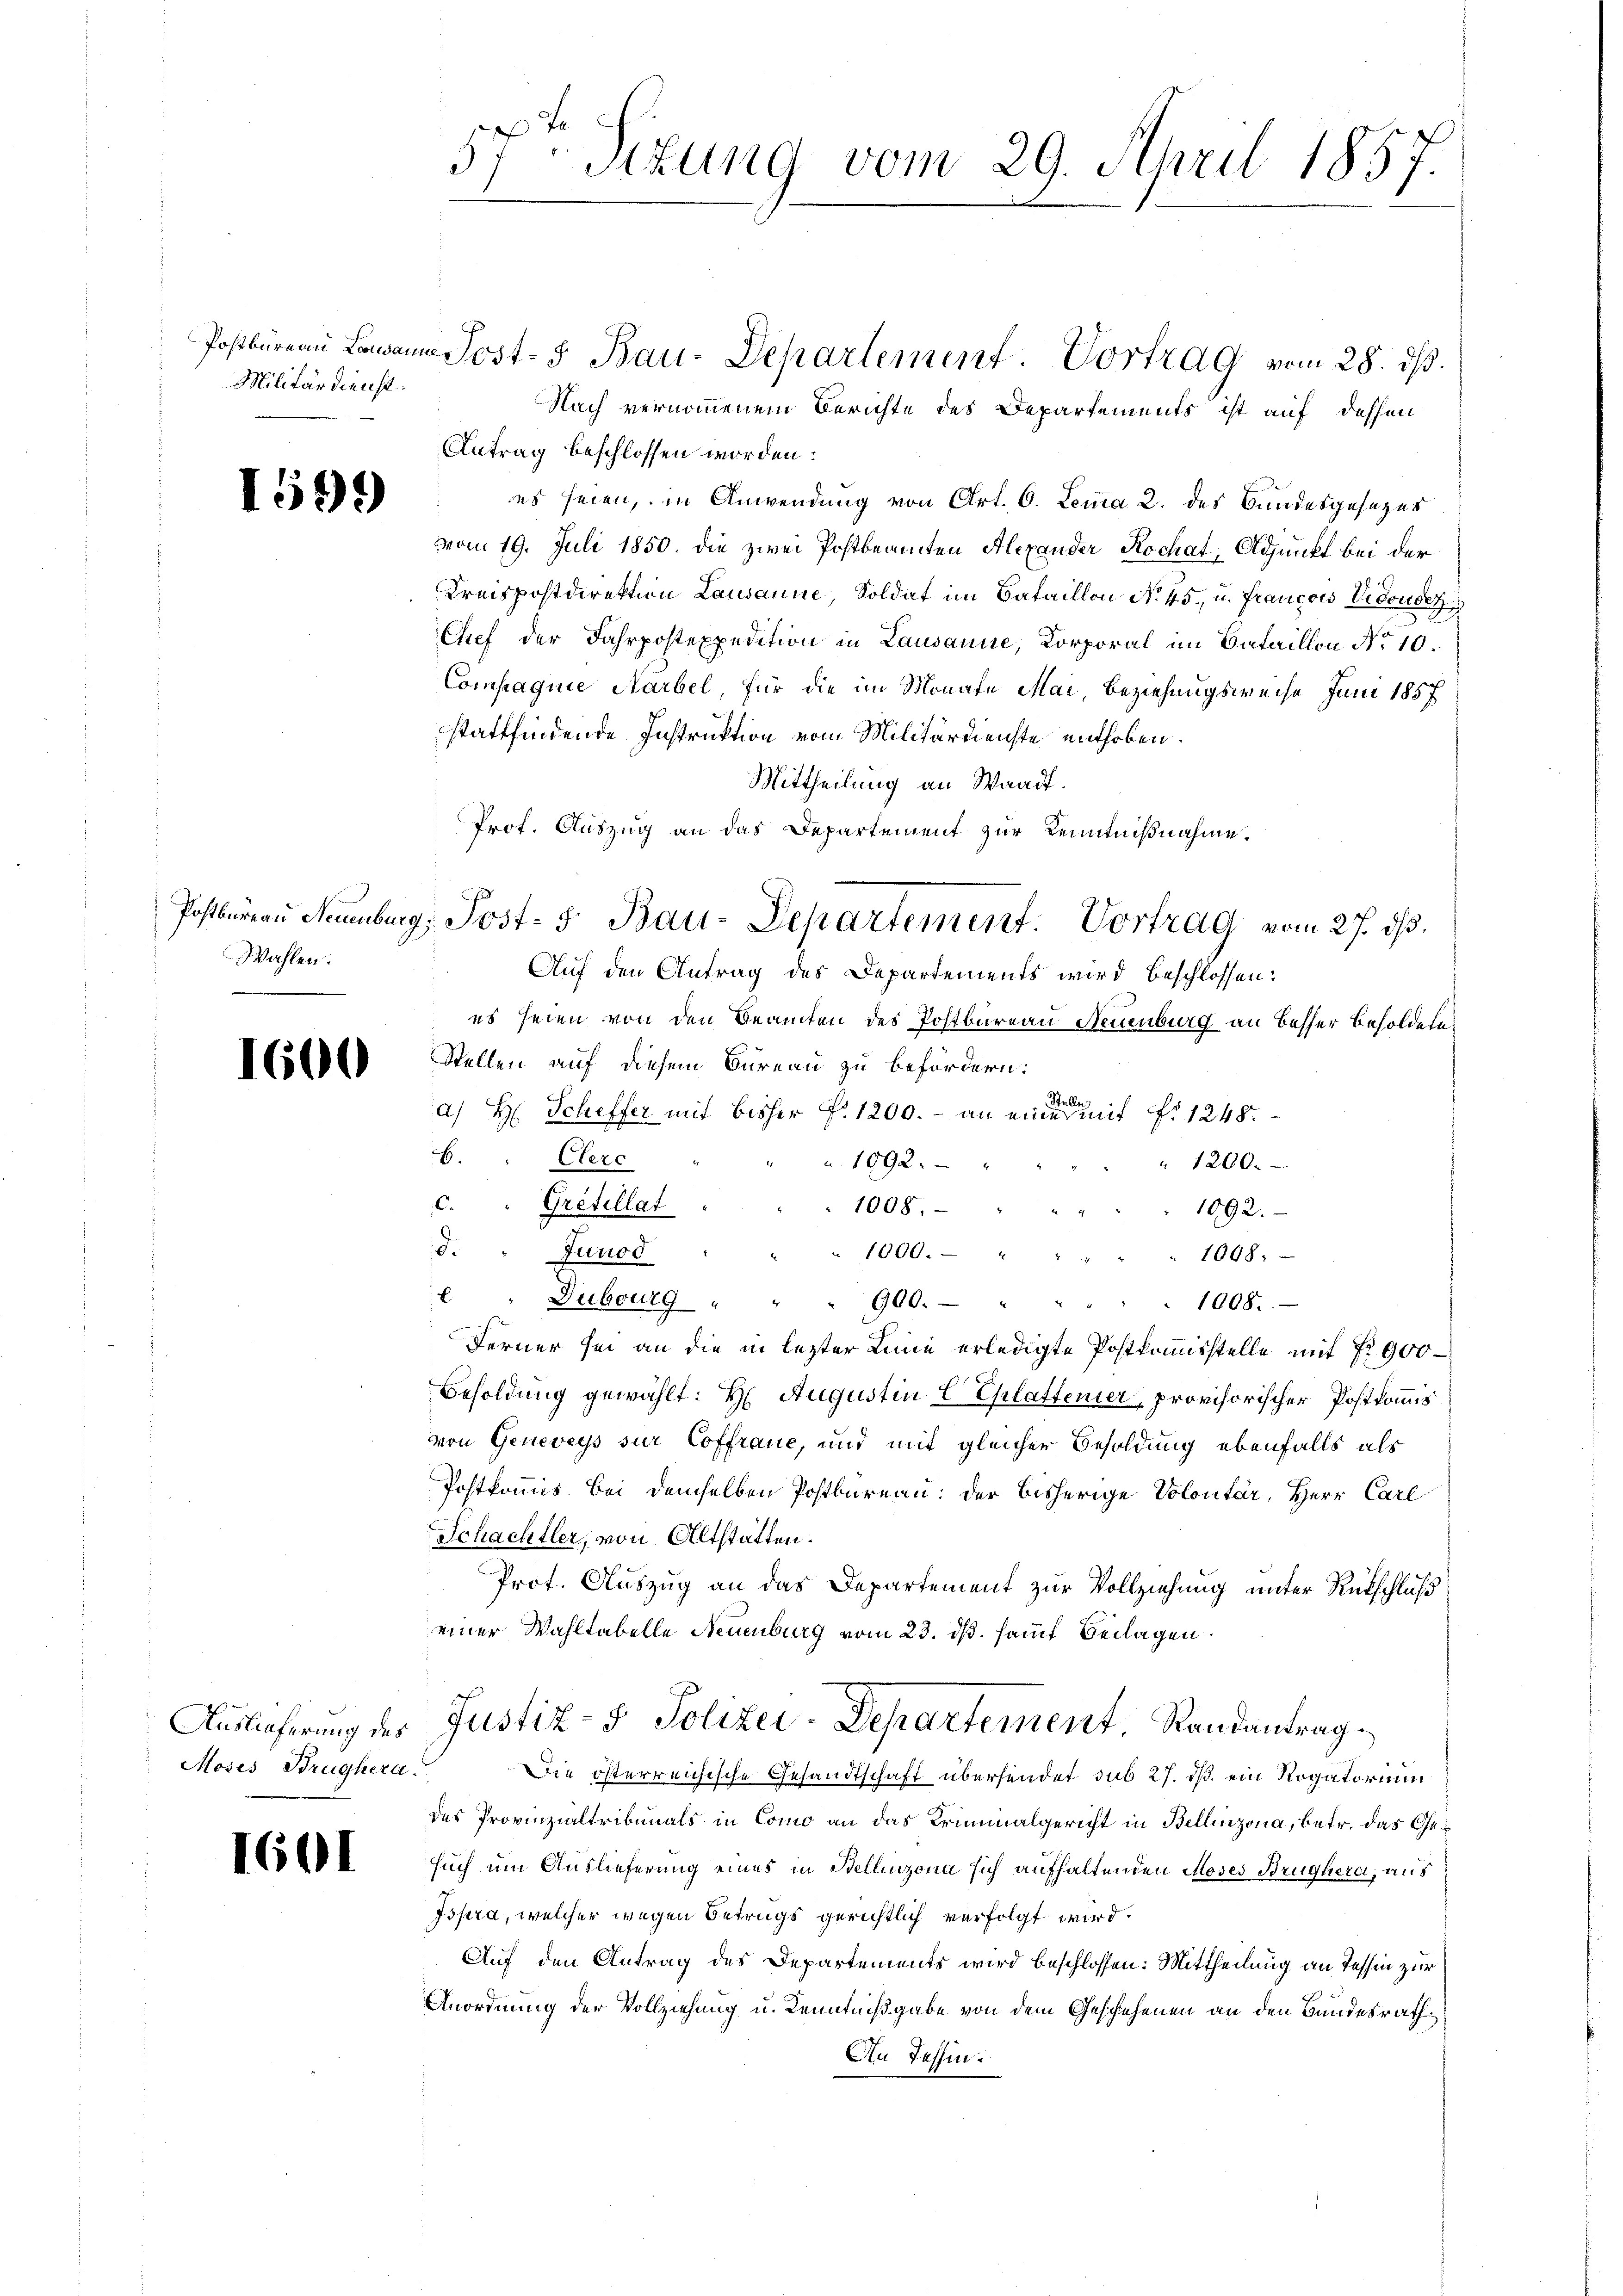
Militärdienst.

1599

Wahlen.

1600

Auslieferung des
Moses Brughera

1601

57 - Situng vom 29. April 1857.

Nach vernommenem Berichte des Departements ist auf dessen
Antrag beschlossen worden.
es seien, in Anwendung von Art. 6. Lemma 2. des Bundesgesezes
vom 19. Juli 1850. die zwei Postbeamten Alexander Rochat, Adjunkt bei der
Kreispostdirektion Lausanne, Soldat im Bataillon No 45, u. Francois Vidoudez
Cief der Fahrpostexpedition in Lausanne, Korporal im Bataillon No 10.
Compagnie Aarbel, für die im Monate Mai, Beziehungsweise Juni 1857
stattfindende Instruktion vom Militärdienste enthoben.
Mittheilung an Waadt.
Prof. Auszug an das Departement zur Kenntnißnahme.
Auf den Antrag des Departements wird beschlossen:
es seien von den Beamten des Postbureau Neuenburg an besser Besoldern
Stellen auf diesem Bureau zu befördern:
a) H: Scheffer mit bisher P. 1200. - an eine er mit No 1248.
6. " Clerc
1092.
" 1200.
c. " Grefellat
1008.
1092.
d. " Junod
1000.
1098.
 " Dubourg " " " 900.- "
1008.
Ferner sei an die in lezter Linie erledigte Postkommisstelle mit No 900
Besoldung gewählt: H. Augustin E Ehlattener, provisorischer Postkommis
von Geneveys sur Coffraue, und mit gleicher Besoldung ebenfalls als
Postkommis. Bei demselben Postbureau: der bisherige Volontär, Herr Carl
Schachtler, von Altstatten.
Prof. Auszug an das Departement zur Vollziehung unter Rütschluß
einer Wahltabelle Neuenburg vom 23. ds. sauf Beilagen.
Justiz- & Polizei-Departement, Randantrag
Die österreichische Gesandtschaft übersendet sub 27. ds. ein Rogatorium
des Provinzialtribunals in Como an das Kriminalgericht in Bellinzona, betr. das Gesuch um Auslieferung eines in Stellinzona sich aufhaltenden Moses Brüglera, aus
Ispra, welcher wegen Betrugs gerichtlich verfolgt wird.
Auf den Antrag des Departements wird beschlossen: Mittheilung an Tessin zur
Anordnung der Vollziehung u. Kenntnißgabe von dem Geschehenen an den Bundesrath
An Tessin.

Postbüreau Landann Post- 5. Bau-Departement. Vortrag vom 28. ds.

Postbaren Naumburg, Post- & Bau-Departement. Vortrag vom 27. ds.